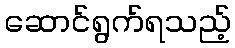
ဆောင်ရွက်ရသည့်